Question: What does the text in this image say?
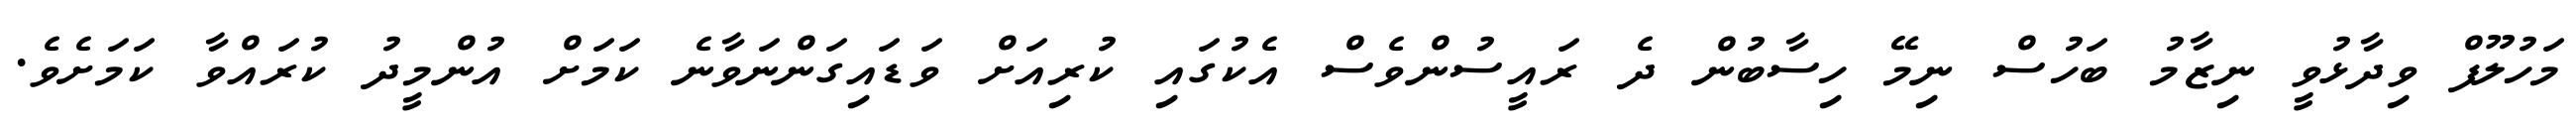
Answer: މަހުލޫފް ވިދާޅުވީ ނިޒާމު ބަހުސް ނިމޭ ހިސާބުން ދެ ރައީސުންވެސް އެކުގައި ކުރިއަށް ވަޑައިގަންނަވާނެ ކަމަށް އުންމީދު ކުރައްވާ ކަމަށެވެ.